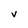
Character: V